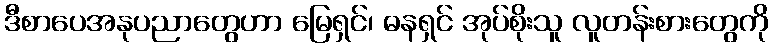
ဒီစာပေအနုပညာတွေဟာ မြေရှင်၊ ဓနရှင် အုပ်စိုးသူ လူတန်းစားတွေကို